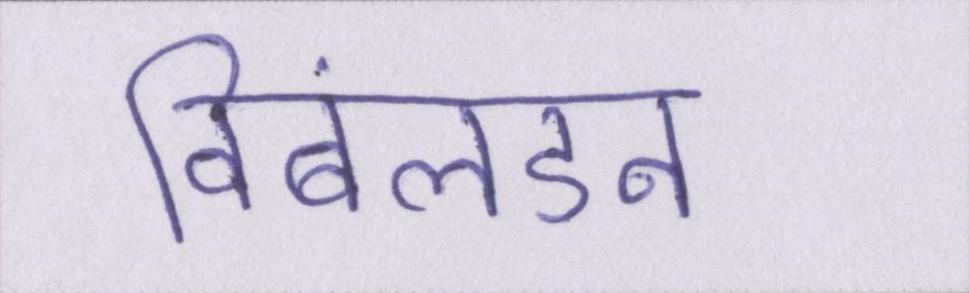
विंबलडन